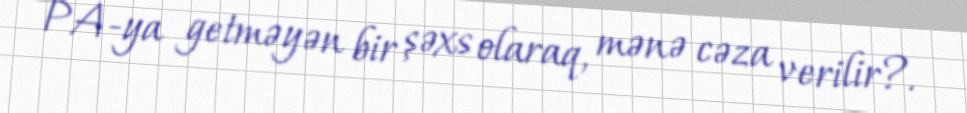
PA-ya getməyən bir şəxs olaraq, mənə cəza verilir?.